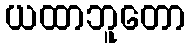
ယထာဘူတော